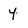
Character: 4